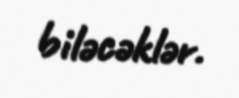
biləcəklər.